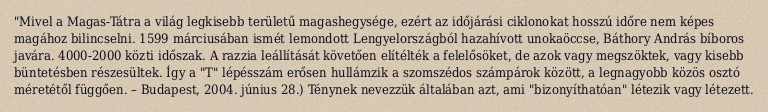
"Mivel a Magas-Tátra a világ legkisebb területű magashegysége, ezért az időjárási ciklonokat hosszú időre nem képes magához bilincselni. 1599 márciusában ismét lemondott Lengyelországból hazahívott unokaöccse, Báthory András bíboros javára. 4000-2000 közti időszak. A razzia leállítását követően elítélték a felelősöket, de azok vagy megszöktek, vagy kisebb büntetésben részesültek. Így a "T" lépésszám erősen hullámzik a szomszédos számpárok között, a legnagyobb közös osztó méretétől függően. – Budapest, 2004. június 28.) Ténynek nevezzük általában azt, ami "bizonyíthatóan" létezik vagy létezett.